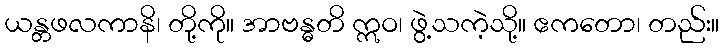
ယန္တဖလကာနိ၊ တို့ကို။ အာဗန္ဓတိ ဣဝ၊ ဖွဲ့သကဲ့သို့။ ဧကတော၊ တည်း။